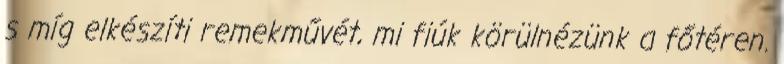
s míg elkészíti remekművét, mi fiúk körülnézünk a főtéren.